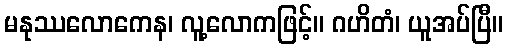
မနုဿလောကေန၊ လူ့လောကဖြင့်။ ဂဟိတံ၊ ယူအပ်ပြီ။